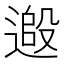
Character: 𨕵